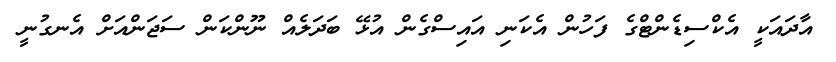
އާދައަކީ އެކްސިޑެންޓްގެ ފަހުން އެކަނި އައިސްގެން އުޅޭ ބަދަލެއް ނޫންކަން ސަޖަންއަށް އެނގުނީ